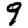
Digit: 9